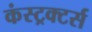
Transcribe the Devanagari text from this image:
कंस्ट्रक्टर्स